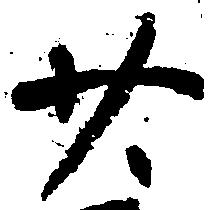
廿